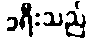
ခရီးသည်